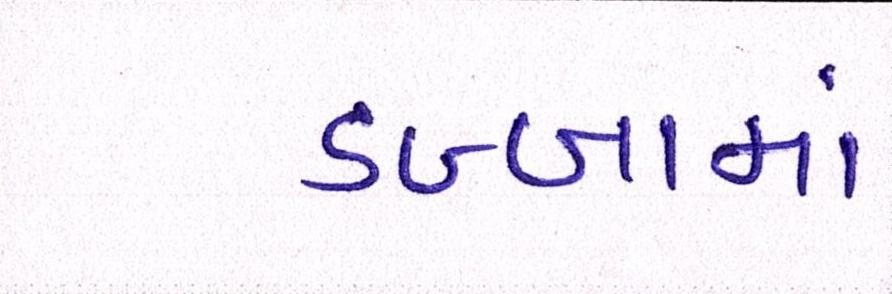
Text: ડબ્બામાં